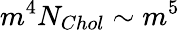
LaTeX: m^{4}N_{Chol}\sim m^{5}